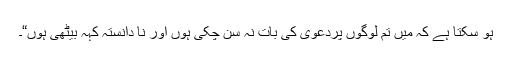
ہو سکتا ہے کہ میں تم لوگوں پردعویٰ کی بات نہ سن چکی ہوں اور نا دانستہ کہہ بیٹھی ہوں“۔